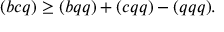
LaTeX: ( b c q ) \ge ( b q q ) + ( c q q ) - ( q q q ) .